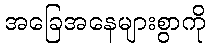
အခြေအနေများစွာကို